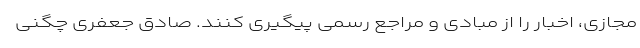
مجازی، اخبار را از مبادی و مراجع رسمی پیگیری کنند. صادق جعفری چگنی